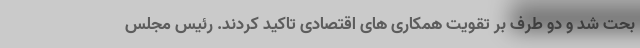
بحت شد و دو طرف بر تقویت همکاری های اقتصادی تاکید کردند. رئیس مجلس